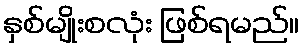
နှစ်မျိုးစလုံး ဖြစ်ရမည်။